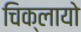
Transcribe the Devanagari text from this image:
चिक्लायो